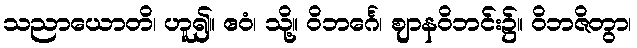
သညာယောတိ၊ ဟူ၍။ ဧဝံ၊ သို့။ ဝိဘင်္ဂေ၊ ဈာနဝိဘင်း၌။ ဝိဘဇိတွာ၊